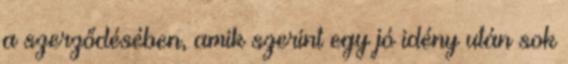
a szerződésében, amik szerint egy jó idény után sok